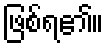
ဖြစ်ရ၏။